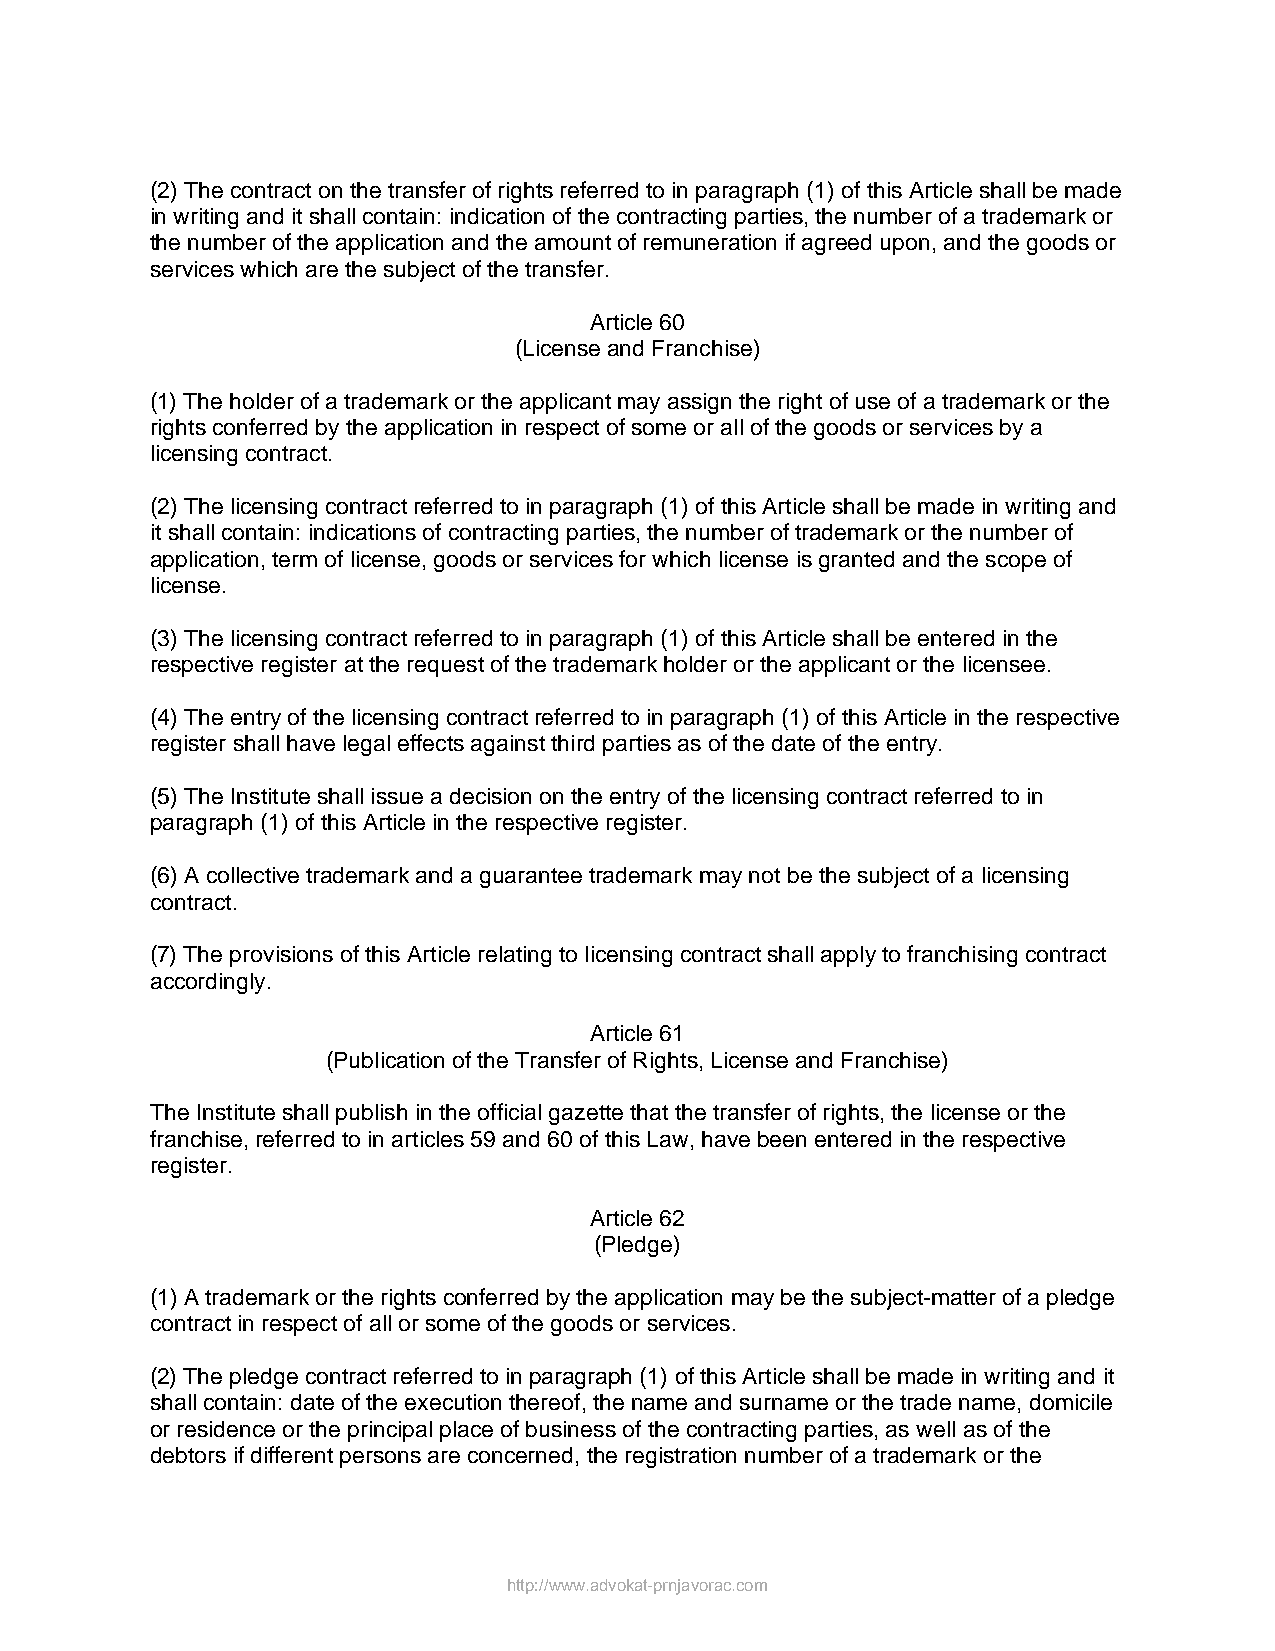
(2) The contract on the transfer of rights referred to in paragraph (1) of this Article shall be made
 in writing and it shall contain: indication of the contracting parties, the number of a trademark or
 the number of the application and the amount of remuneration if agreed upon, and the goods or
 services which are the subject of the transfer.
 Article 60
 (License and Franchise)
 (1) The holder of a trademark or the applicant may assign the right of use of a trademark or the
 rights conferred by the application in respect of some or all of the goods or services by a
 licensing contract.
 (2) The licensing contract referred to in paragraph (1) of this Article shall be made in writing and
 it shall contain: indications of contracting parties, the number of trademark or the number of
 application, term of license, goods or services for which license is granted and the scope of
 license.
 (3) The licensing contract referred to in paragraph (1) of this Article shall be entered in the
 respective register at the request of the trademark holder or the applicant or the licensee.
 (4) The entry of the licensing contract referred to in paragraph (1) of this Article in the respective
 register shall have legal effects against third parties as of the date of the entry.
 (5) The Institute shall issue a decision on the entry of the licensing contract referred to in
 paragraph (1) of this Article in the respective register.
 (6) A collective trademark and a guarantee trademark may not be the subject of a licensing
 contract.
 (7) The provisions of this Article relating to licensing contract shall apply to franchising contract
 accordingly.
 Article 61
 (Publication of the Transfer of Rights, License and Franchise)
 The Institute shall publish in the official gazette that the transfer of rights, the license or the
 franchise, referred to in articles 59 and 60 of this Law, have been entered in the respective
 register.
 Article 62
 (Pledge)
 (1) A trademark or the rights conferred by the application may be the subject-matter of a pledge
 contract in respect of all or some of the goods or services.
 (2) The pledge contract referred to in paragraph (1) of this Article shall be made in writing and it
 shall contain: date of the execution thereof, the name and surname or the trade name, domicile
 or residence or the principal place of business of the contracting parties, as well as of the
 debtors if different persons are concerned, the registration number of a trademark or the
 http://www.advokat-prnjavorac.com